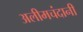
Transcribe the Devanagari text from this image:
अलीमचंदानी